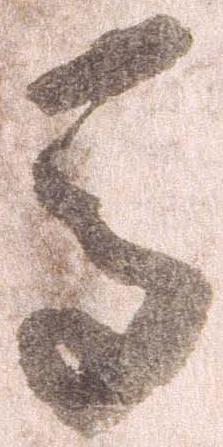
馬